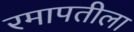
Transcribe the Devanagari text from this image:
रमापतीला